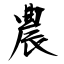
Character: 農